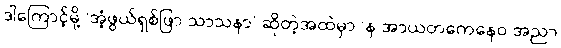
ဒါကြောင့်မို့ ‘အံ့ဖွယ်ရှစ်ဖြာ သာသနာ’ ဆိုတဲ့အထဲမှာ ‘န အာယတကေနေဝ အညာ